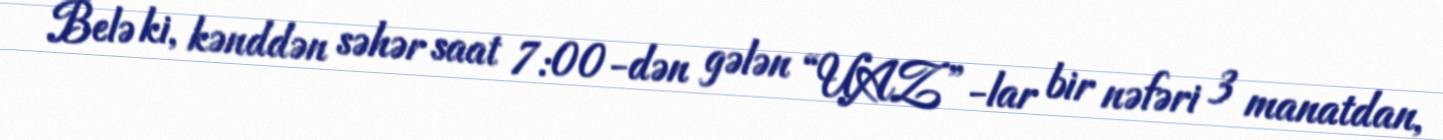
Belə ki, kənddən səhər saat 7:00-dən gələn “UAZ”-lar bir nəfəri 3 manatdan,